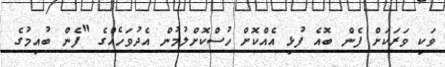
ވަކި ވަރަކަށް ފެން ބޮއެ ފުޅި އެއްކޮށް ހުސްކޮށްލުމުން އެދުވަހެއްގެ "ފެން ބުއިމުގެ